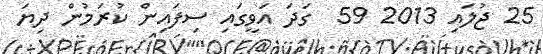
25 ޖުލައި 2013 59  ގަދަ އަވީގައި ސިފައިން ކުރަމުން ދިޔަ